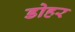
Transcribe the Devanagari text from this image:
डोहर